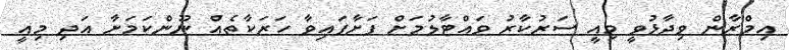
އިމްރާން ވިދާޅުވީ މިއީ ސަރުކާރު ވައްޓާލުމަށް ފަށާފައިވާ ހަރަކާތެއް ނޫންކަމަށާ އަދި މިއީ